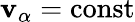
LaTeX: \mathbf{v}_{\alpha}=\mathrm{const}